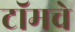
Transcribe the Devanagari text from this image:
टॉमचे